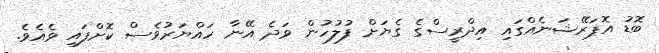
ބޮޑު އޮޕަރޭޝަނެއްގައި އިދްރީސްގެ ގެޔަށް ފުލުހުން ވަދެ އޭނާ ހައްޔަރުވެސް ކޮށްފައި ވެއެވެ.